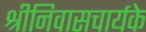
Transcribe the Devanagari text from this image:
श्रीनिवासचार्यके